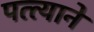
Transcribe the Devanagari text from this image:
पत्त्याने